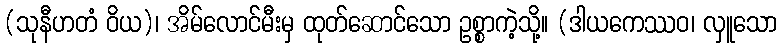
(သုနီဟတံ ဝိယ)၊ အိမ်လောင်မီးမှ ထုတ်ဆောင်သော ဥစ္စာကဲ့သို့။ (ဒါယကေဿဝ၊ လှူသော